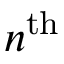
n ^ { \mathrm { t h } }